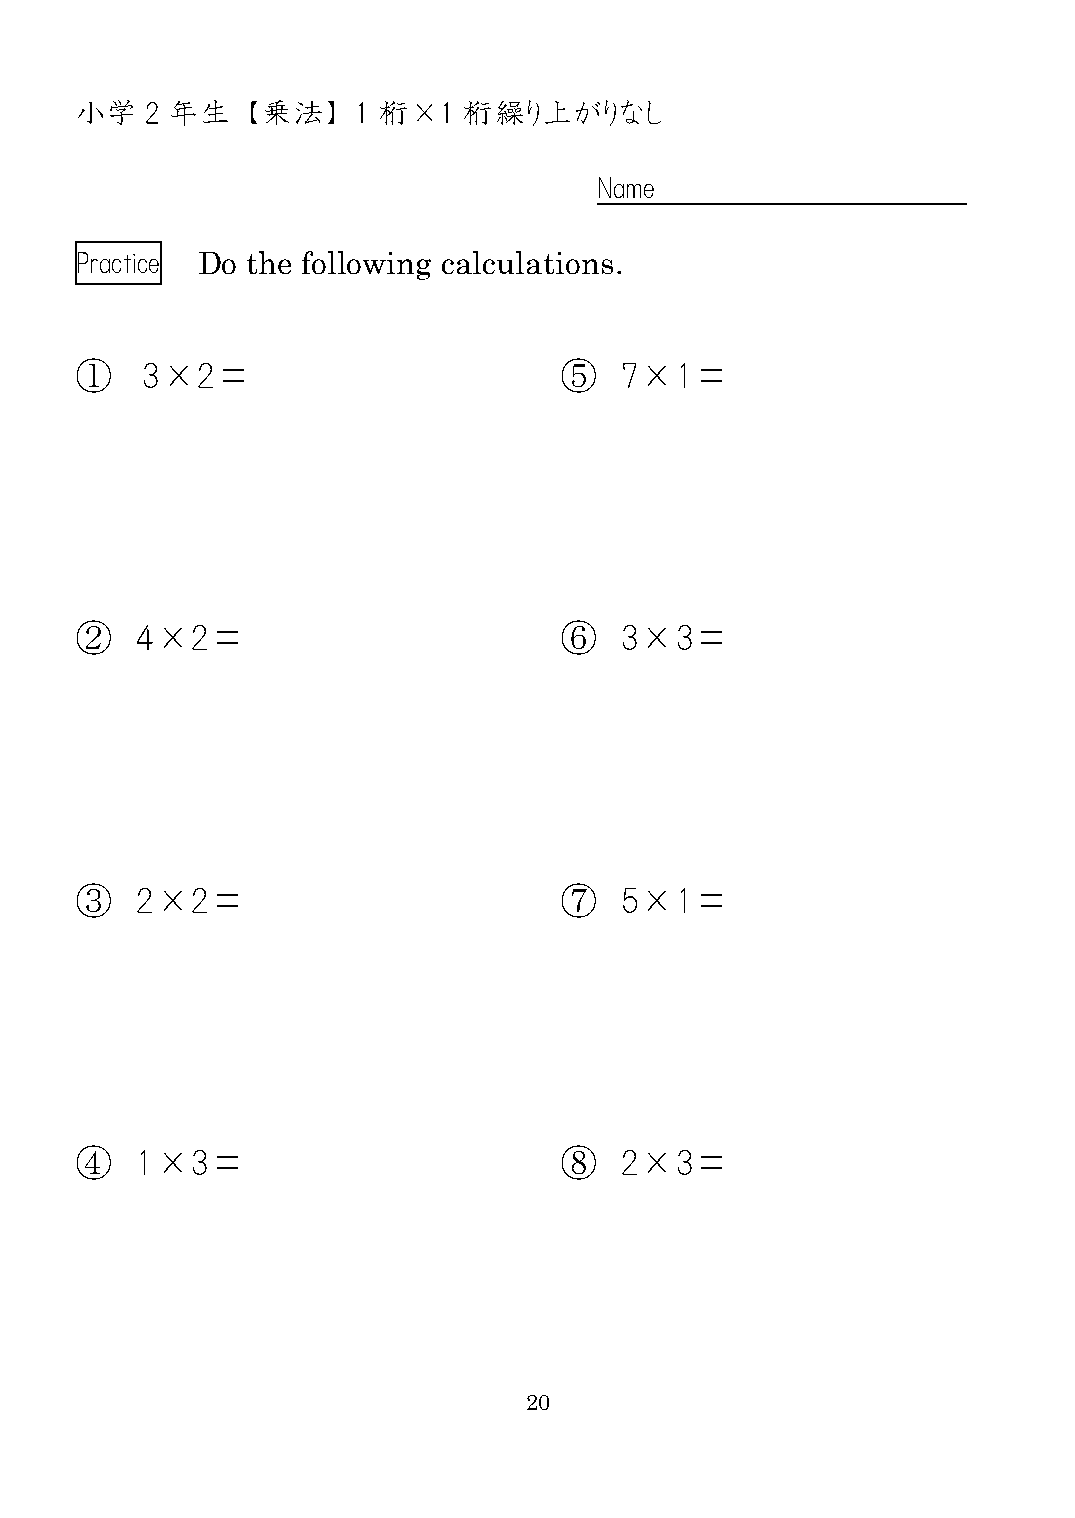
小学   2 年生  【乗法】    1 桁×1  桁繰り上がりなし
 Name
 Practice Do the following calculations.
 ①   3×2＝                        ⑤   7×1＝
 ②   4×2＝                        ⑥   3×3＝
 ③   2×2＝                        ⑦   5×1＝
 ④   1×3＝                        ⑧   2×3＝
 20